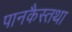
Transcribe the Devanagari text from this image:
पानकैस्तथा